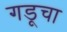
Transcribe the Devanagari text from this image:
गडूचा